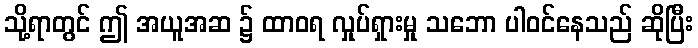
သို့ရာတွင် ဤ အယူအဆ ၌ ထာဝရ လှုပ်ရှားမှု သဘော ပါဝင်နေသည် ဆိုပြီး